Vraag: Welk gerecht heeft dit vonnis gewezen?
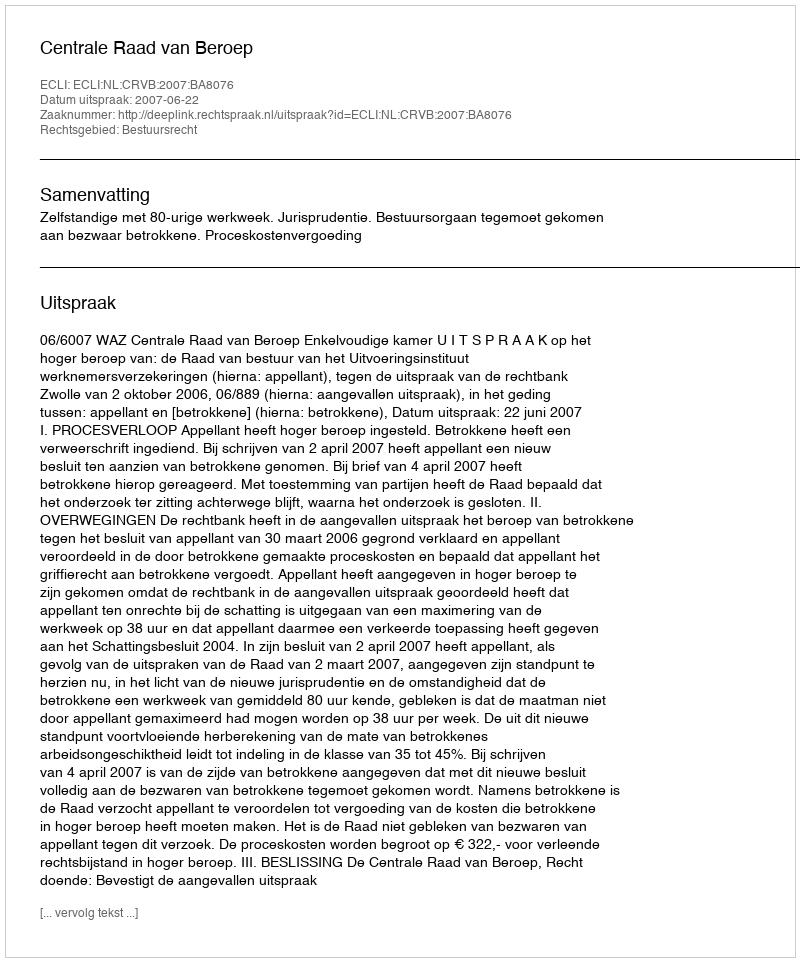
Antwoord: Centrale Raad van Beroep